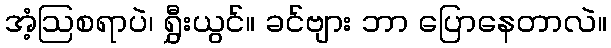
အံ့ဩစရာပဲ၊ ရွှီးယွင်။ ခင်ဗျား ဘာ ပြောနေတာလဲ။